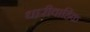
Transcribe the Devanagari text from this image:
धारीवाहिक